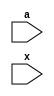
`timescale 1ns/1ns

module nor_prim(a,x);

input [3:0] a;
input x;

nor U0 (x, a[0], a[1], a[2], a[3]);

endmodule